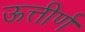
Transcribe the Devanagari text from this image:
ऊत्तीर्ण